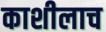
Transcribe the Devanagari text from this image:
काशीलाच